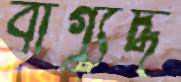
বাগ্‌যুদ্ধ